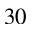
3 0